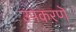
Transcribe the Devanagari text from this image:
उपकरणॆ